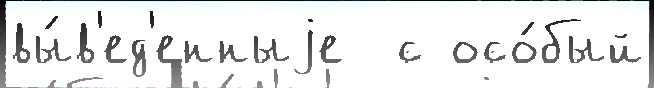
вы́в'ед'енныjе  с осо́бый